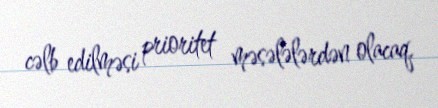
cəlb edilməsi prioritet məsələlərdən olacaq.